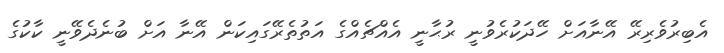
އެބިރުވެރިރޭ އޭނާއަށް ހޭދަކުރެވުނީ ރުޙާނީ އެއްޗެއްގެ އަތުތެރޭގައިކަން އޭނާ އަށް ބުނެދެވޭނީ ކާކުގެ